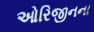
ઓરિજીનના